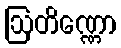
ဩတိဏ္ဏော